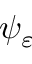
\psi _ { \varepsilon }